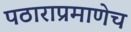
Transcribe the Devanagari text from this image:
पठाराप्रमाणेच